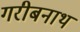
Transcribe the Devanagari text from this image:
गरीबनाथ